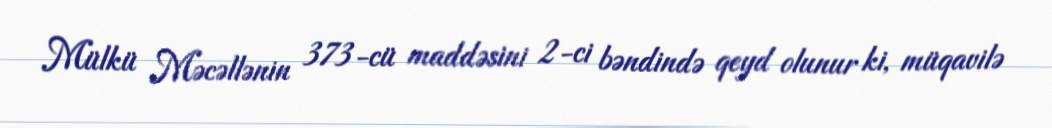
Mülkü Məcəllənin 373-cü maddəsini 2-ci bəndində qeyd olunur ki, müqavilə